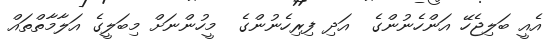
އެއީ ބަލިޖެހޭ އަންހެނުންގެ  އަދި ފިރިހެނުންގެ  މީހުންނަށް މިބަލީގެ އަލާމާތްތައް